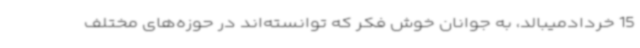
15 خردادمیبالد، به جوانان خوش فکر که توانسته‌اند در حوزه‌های مختلف